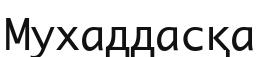
Мухаддасқа